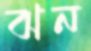
ঝন